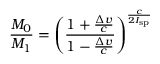
{ \frac { M _ { 0 } } { M _ { 1 } } } = \left( { \frac { 1 + { \frac { \Delta v } { c } } } { 1 - { \frac { \Delta v } { c } } } } \right) ^ { \frac { c } { 2 I _ { \mathrm { s p } } } }